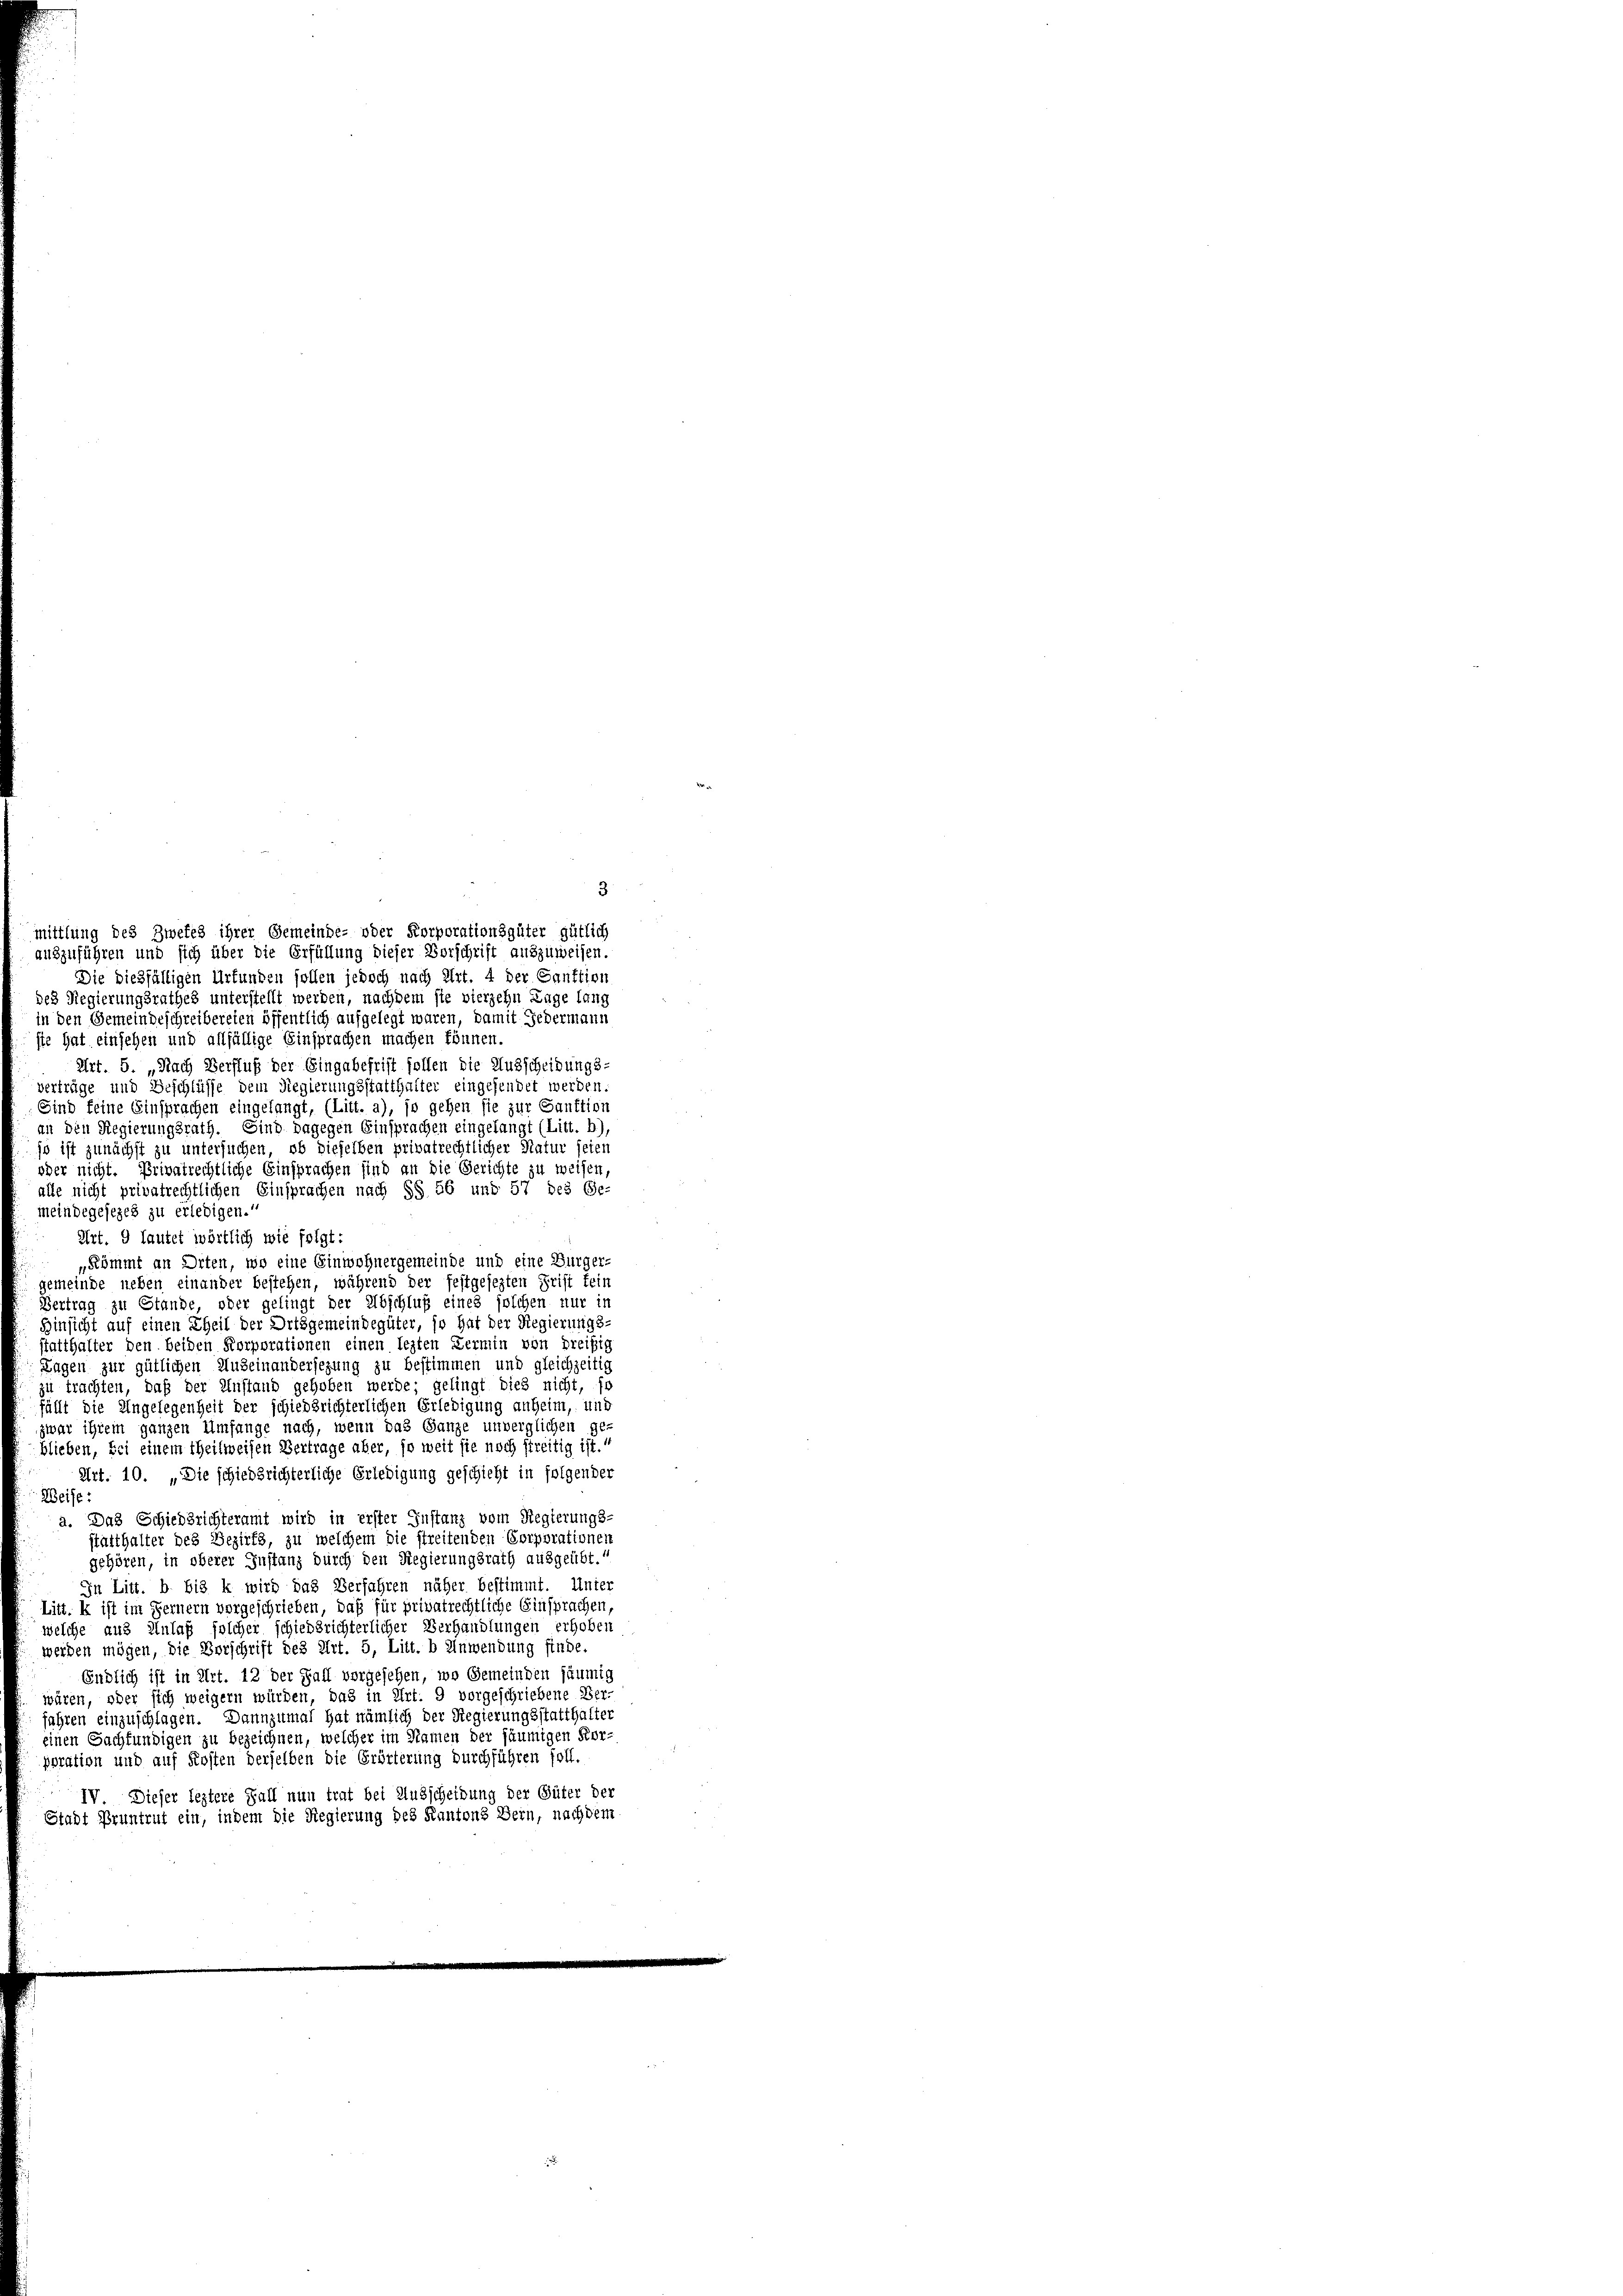
mittlung des Zwefes ihrer Gemeinde- oder Korporationsgüter gütlich
auszuführen und sich über die Erfüllung dieser Vorschrift auszuweisen.
Die dießfälligen Urfunden sollen jedoch nach Art. 4 der Sanktion
des Regierungsrathes unterstellt werden, nachdem sie vierzehn Lage lang
in den Gemeindeschreibereien öffentlich aufgelegt waren, damit Jedermann
ste hat einsehen und allfällige Einsprachen machen können.
Art. 5. „Nach Verfluß der Eingabefrist sollen die Ausscheidungs-
verträge und Beschlüsse dem Regierungsstatthalter eingefendet werden.
Sind feine Einsprachen eingelangt, (Litt. a), so gehen sie zur Sanktion
an den Regierungsrath. Sind dagegen Einsprachen eingelangt (Litt. b),
so ist zunächst zu untersuchen, ob dieselben privatrechtlicher Natur feier
oder nicht. Privatrechtliche Einsprachen sind an die Gerichte zu weisen
alle nicht privatrechtlichen Einsprachen nach §§ 56 und 57 des Ge-
meindegesezes zu erledigen.“
Art. 9 lautet wörtlich wie folgt:
„Kömmt an Orten, wo eine Einwohnergemeinde und eine Bürger-
gemeinde neben einander bestehen, während der festgesezten Frist fein
Vertrag zu Stande, oder gelingt der Abschluß eines solchen nur in
Hinsicht auf einen Theil der Ortsgemeindegüter, so hat der Regierungs-
statthalter den beiden Korporationen einen lezten Termin von dreißig
Lagen zur gütlichen Auseinandersezung zu bestimmen und gleichzeitig
zu trachten, daß der Anstand gehoben werde; gelingt dies nicht, fo
fällt die Angelegenheit der schiedsrichterlichen Erledigung anheim, und
zwar ihrem ganzen Umfange nach, wenn das Ganze unverglichen ge-
blieben, bei einem theilweisen Vertrage aber, so weit sie noch streitig ist.“
Art. 10. „Die schiedsrichterliche Erledigung geschieht in folgender
Weise:
a. Das Schiedsrichteramt wird in erster Instanz vom Regierungs-
statthalter des Bezirks, zu welchem die streitenden Corporationen
gehören, in oberer Instanz durch den Regierungsrath ausgeübt.
In Litt. b bis k wird das Verfahren näher bestimmt. Unter
Litt. k ist im Fernern vorgeschrieben, daß für privatrechtliche Einsprachen,
welche aus Unlaß solcher schiedsrichterlicher Verhandlungen erhoben
werden mögen, die Vorschrift des Art. 5, Litt. b Anwendung finde.
Endlich ist in Art. 12 der Fall vorgesehen, wo Gemeinden säumig
wären, oder sich weigern würden, das in Art. 9 vorgeschriebene Ver-
fahren einzuschlagen. Dannzumal hat nämlich der Regierungsstatthalter
einen Sachfündigen zu bezeichnen, welcher im Namen der säumigen Kor-
poration und auf Kosten derselben die Erörterung durchführen soll.
IV Dieser leztere Fall nun trat bei Ausscheidung der Güter der
Stadt Pruntrut ein, indem die Regierung des Kantons Bern, nachdem

3